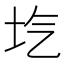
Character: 𡉛